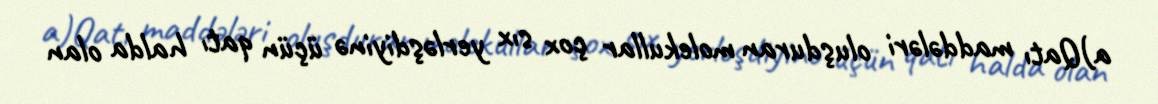
a)Qatı maddələri oluşduran molekullar çox sıx yerləşdiyinə üçün qatı halda olan